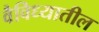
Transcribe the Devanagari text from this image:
वैविध्यातील